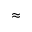
\approx